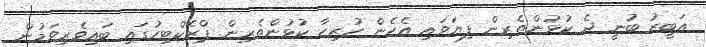
އަބީރު ބުނީ ދެ ކުޅުންތެރިން ފިޔަވައި އެހެން ހުރިހާ ކުޅުންތެރިން ޕްރެކްޓިހުގައި ބައިވެރިވަމުން